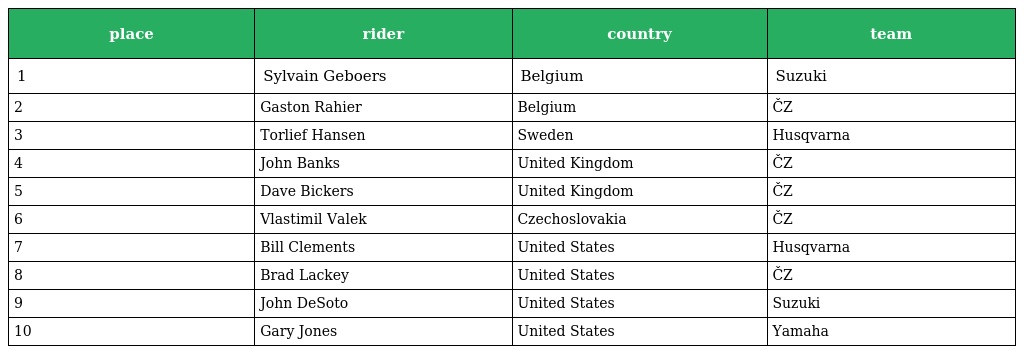
| place | rider | country | team |
 | --- | --- | --- | --- |
 | 1 | Sylvain Geboers | Belgium | Suzuki |
 | 2 | Gaston Rahier | Belgium | ČZ |
 | 3 | Torlief Hansen | Sweden | Husqvarna |
 | 4 | John Banks | United Kingdom | ČZ |
 | 5 | Dave Bickers | United Kingdom | ČZ |
 | 6 | Vlastimil Valek | Czechoslovakia | ČZ |
 | 7 | Bill Clements | United States | Husqvarna |
 | 8 | Brad Lackey | United States | ČZ |
 | 9 | John DeSoto | United States | Suzuki |
 | 10 | Gary Jones | United States | Yamaha |